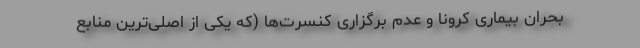
بحران بیماری کرونا و عدم برگزاری کنسرت‌ها (که یکی از اصلی‌ترین منابع